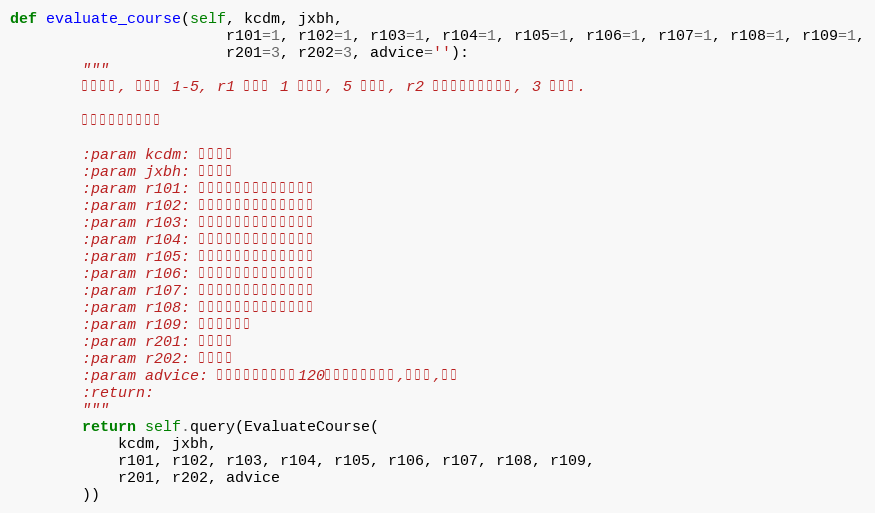
Language: Python
def evaluate_course(self, kcdm, jxbh,
                        r101=1, r102=1, r103=1, r104=1, r105=1, r106=1, r107=1, r108=1, r109=1,
                        r201=3, r202=3, advice=''):
        """
        课程评价, 数值为 1-5, r1 类选项 1 为最好, 5 为最差, r2 类选项程度由深到浅, 3 为最好.

        默认都是最好的选项

        :param kcdm: 课程代码
        :param jxbh: 教学班号
        :param r101: 教学态度认真，课前准备充分
        :param r102: 教授内容充实，要点重点突出
        :param r103: 理论联系实际，反映最新成果
        :param r104: 教学方法灵活，师生互动得当
        :param r105: 运用现代技术，教学手段多样
        :param r106: 注重因材施教，加强能力培养
        :param r107: 严格要求管理，关心爱护学生
        :param r108: 处处为人师表，注重教书育人
        :param r109: 教学综合效果
        :param r201: 课程内容
        :param r202: 课程负担
        :param advice: 其他建议，不能超过120字且不能使用分号,单引号,都好
        :return:
        """
        return self.query(EvaluateCourse(
            kcdm, jxbh,
            r101, r102, r103, r104, r105, r106, r107, r108, r109,
            r201, r202, advice
        ))